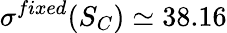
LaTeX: \sigma^{fixed}(S_{C})\simeq 38.16